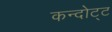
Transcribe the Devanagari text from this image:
कन्दोट्ट